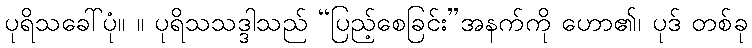
ပုရိသခေါ်ပုံ။ ။ ပုရိသသဒ္ဒါသည် “ပြည့်စေခြင်း”အနက်ကို ဟော၏၊ ပုဒ် တစ်ခု